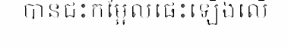
បានជះកម្អែលផេះឡើងលើ